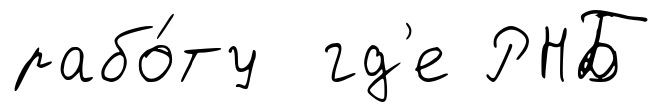
рабо́ту гд'е РНБ